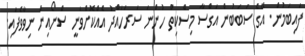
ފައިބަމުން. އޭގެ ސަބަބުން އަގްސާ މިސްކިތް ހުންނަ ސަރަހައްދު އެއްކޮށްވަނީ ސްނޯއިން ނިވާވެފައި.